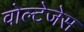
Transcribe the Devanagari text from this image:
वोल्टेजेस